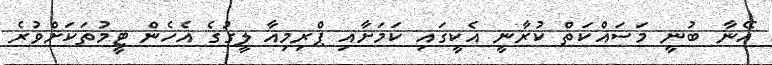
އޭނާ ބުނީ މަސައްކަތް ކުރާނީ އެކީގައި ކަމަށާއި ޕްރިމިއާ ލީގުގެ އެހެން ޓީމުތަކަށްވުރެ